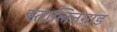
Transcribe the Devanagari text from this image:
स्तालिनग्राड